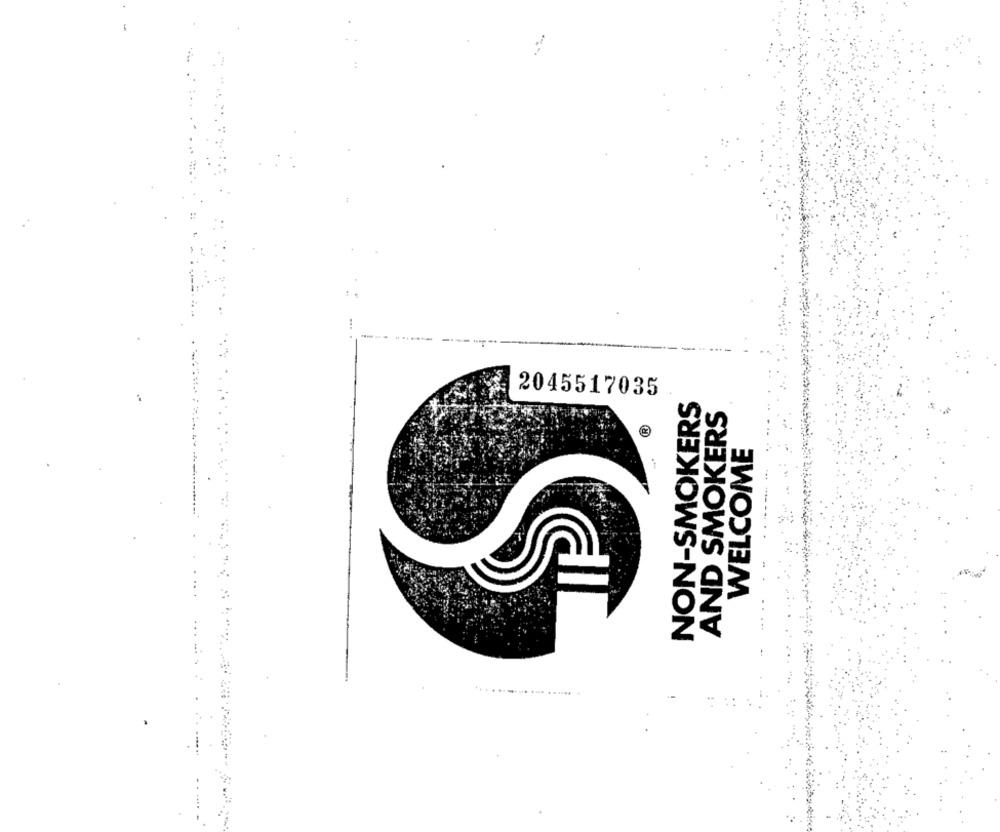
NON-SMOKERS
2045517035
AND SMOKERS
WELCOME